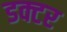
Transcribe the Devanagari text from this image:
डक्टर